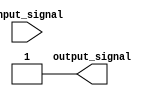
module open_drain_buffer #(
  parameter INPUT_WIDTH = 1,
  parameter OUTPUT_WIDTH = 1,
  parameter PULLUP_RESISTOR = 1
)(
  input wire [INPUT_WIDTH-1:0] input_signal,
  output reg [OUTPUT_WIDTH-1:0] output_signal
);
  
  always @*
  begin
    if (input_signal == 1'b0)
      output_signal = 1'b0;
    else
      output_signal = 1'bz;
  end

  // Pull-up resistor control
  assign output_signal = output_signal | (PULLUP_RESISTOR ? 1'b1 : 1'b0);

endmodule